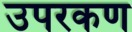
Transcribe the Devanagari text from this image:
उपरकण